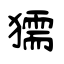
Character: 獳